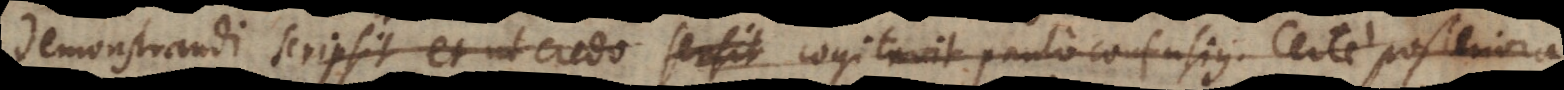
demonstrandi scripsit et ut credo sensit cogitavit paulo confusius. Certe posteriora